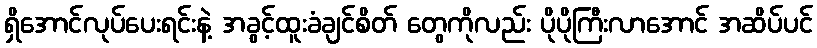
ရှိအောင်လုပ်ပေးရင်းနဲ့ အခွင့်ထူးခံချင်စိတ် တွေကိုလည်း ပိုပိုကြီးလာအောင် အဆိပ်ပင်